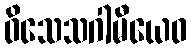
ဝိသေသဂါမီယေဝ